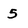
Character: 5